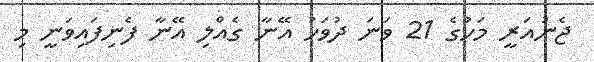
ޖެނުއަރީ މަހުގެ 21 ވަނަ ދުވަހު އޭނާ ގެއްލި އޭނާ ފެނިފައިވަނީ މި